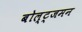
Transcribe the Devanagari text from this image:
बोल्ट्जमन